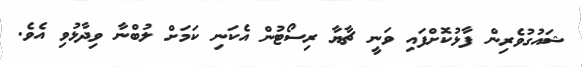
ޝައުގުވެރިން ފާޅުކޮށްފައި ވަނީ ޗާޔާ ރިސޯޓުން އެކަނި ކަމަށް ލުބްނާ ވިދާޅުވި އެވެ.